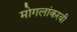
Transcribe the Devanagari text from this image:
मोगलांकरवी